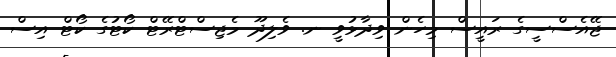
ޖޭއެސްސީގެ ރައީސް މިހެން ވިދާޅުވީ ނ. ވެލިދޫ މެޖިސްޓްރޭޓް ކޯޓުގެ ކޯޓް އިސް